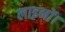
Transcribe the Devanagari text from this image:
लाइनों।